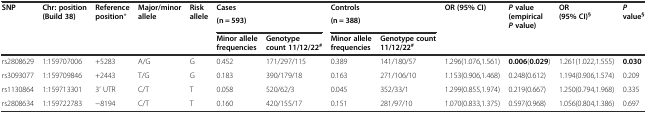
| <ROWSPAN=2> SNP | <ROWSPAN=2> Chr: position (Build 38) | <ROWSPAN=2> Reference position* | <ROWSPAN=2> Major/minor allele | <ROWSPAN=2> Risk allele | <COLSPAN=2> Cases | <COLSPAN=2> Controls | <ROWSPAN=2> OR (95% CI) | <ROWSPAN=2> Pvalue (empiricalPvalue) | <ROWSPAN=2> OR (95% CI)§ | <ROWSPAN=2> Pvalue§ |
 | <COLSPAN=2> (n = 593) | <COLSPAN=2> (n = 388) |
 |  |  |  |  |  | Minor allele frequencies | Genotype count 11/12/22# | Minor allele frequencies | Genotype count 11/12/22# |  |  |  |  |
 | --- | --- | --- | --- | --- | --- | --- | --- | --- | --- | --- | --- | --- |
 | rs2808629 | 1:159707006 | +5283 | A/G | G | 0.452 | 171/297/115 | 0.389 | 141/180/57 | 1.296(1.076,1.561) | 0.006(0.029) | 1.261(1.022,1.555) | 0.030 |
 | rs3093077 | 1:159709846 | +2443 | T/G | G | 0.183 | 390/179/18 | 0.163 | 271/106/10 | 1.153(0.906,1.468) | 0.248(0.612) | 1.194(0.906,1.574) | 0.209 |
 | rs1130864 | 1:159713301 | 3’ UTR | C/T | T | 0.058 | 520/62/3 | 0.045 | 352/33/1 | 1.299(0.855,1.974) | 0.219(0.667) | 1.250(0.794,1.968) | 0.335 |
 | rs2808634 | 1:159722783 | −8194 | C/T | T | 0.160 | 420/155/17 | 0.151 | 281/97/10 | 1.070(0.833,1.375) | 0.597(0.968) | 1.056(0.804,1.386) | 0.697 |